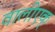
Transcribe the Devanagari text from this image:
वालीएक्